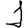
Digit: 1